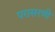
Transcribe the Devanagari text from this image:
परासरणी